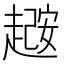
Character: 𫎼